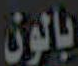
بالون